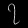
Digit: ၇